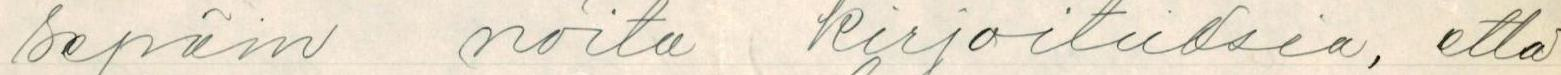
sepäin noita kirjoituksia, että